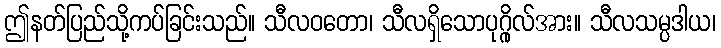
ဤနတ်ပြည်သို့ကပ်ခြင်းသည်။ သီလဝတော၊ သီလရှိသောပုဂ္ဂိုလ်အား။ သီလသမ္ပဒါယ၊